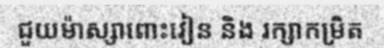
ជួយម៉ាស្សាពោះវៀន និង រក្សាកម្រិត